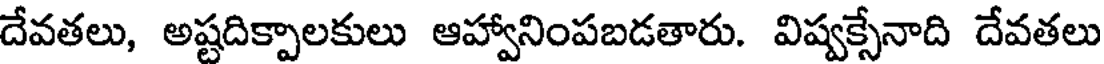
దేవతలు, అష్టదిక్పాలకులు ఆహ్వానింపబడతారు. విష్వక్సేనాది దేవతలు